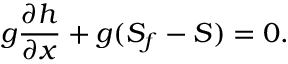
g { \frac { \partial h } { \partial x } } + g ( S _ { f } - S ) = 0 .